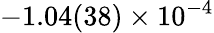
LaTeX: -1.04(38)\times 10^{-4}